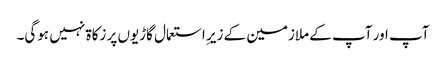
آپ اور آپ کے ملازمین کے زیرِ استعمال گاڑیوں پر زکاۃ نہیں ہوگی۔